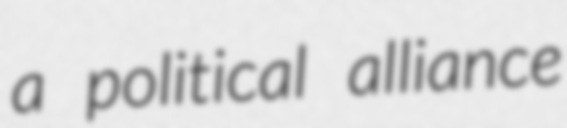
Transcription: a political alliance